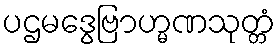
ပဌမဒွေဗြာဟ္မဏသုတ္တံ